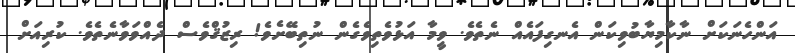
އަންހެނަކަށް ނާކާމިޔާބުވިކަން އެނގިފައެއް ނެތެވެ. ވީމާ އަޅުވެތިވެގެން ނުތިބޭށެވެ! ރިޒުޤްވެސް ދެއްވަވާނެތެވެ. ކުރިއަށް